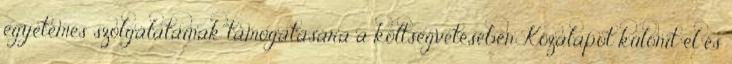
egyetemes szolgálatainak támogatására a költségvetésében Közalapot különít el és